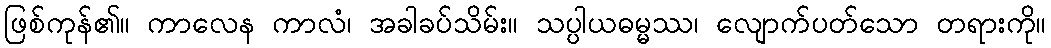
ဖြစ်ကုန်၏။ ကာလေန ကာလံ၊ အခါခပ်သိမ်း။ သပ္ပါယဓမ္မဿ၊ လျောက်ပတ်သော တရားကို။